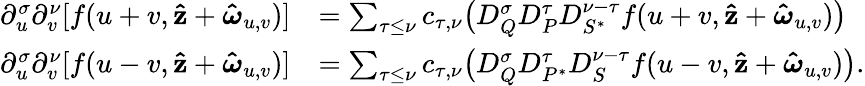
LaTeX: \begin{array}{rl}{\partial_{u}^{\sigma}\partial_{v}^{\nu}[f(u+v,\mathbf{\hat{z}}+\boldsymbol{\hat{\omega}}_{u,v})]}&{=\sum_{\tau\le\nu}c_{\tau,\nu}\big(D_{Q}^{\sigma}D_{P}^{\tau}D_{S^{*}}^{\nu-\tau}f(u+v,\mathbf{\hat{z}}+\boldsymbol{\hat{\omega}}_{u,v})\big)}\\ {\partial_{u}^{\sigma}\partial_{v}^{\nu}[f(u-v,\mathbf{\hat{z}}+\boldsymbol{\hat{\omega}}_{u,v})]}&{=\sum_{\tau\le\nu}c_{\tau,\nu}\big(D_{Q}^{\sigma}D_{P^{*}}^{\tau}D_{S}^{\nu-\tau}f(u-v,\mathbf{\hat{z}}+\boldsymbol{\hat{\omega}}_{u,v})\big).}\end{array}